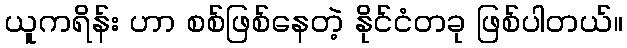
ယူကရိန်း ဟာ စစ်ဖြစ်နေတဲ့ နိုင်ငံတခု ဖြစ်ပါတယ်။